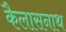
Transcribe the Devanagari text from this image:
कैलासनाथ